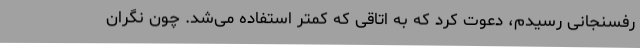
رفسنجانی رسیدم، دعوت کرد که به اتاقی که کمتر استفاده می‌شد. چون نگران